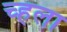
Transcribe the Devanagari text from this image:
च्हला